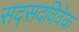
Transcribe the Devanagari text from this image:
सद्सदविवेक